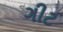
ગીટ